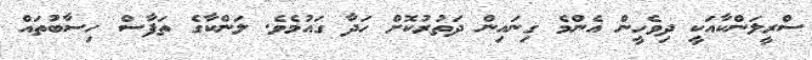
ސްރީލަންކާއަކީ ދިވެހީން އެންމެ ގިނައިން ދަތުރުކޮށް ހަދާ ގައުމެވެ. ލަންކާގެ ތަފާސް ހިސާބުތައް